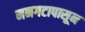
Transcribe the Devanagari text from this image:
मनगटापासून